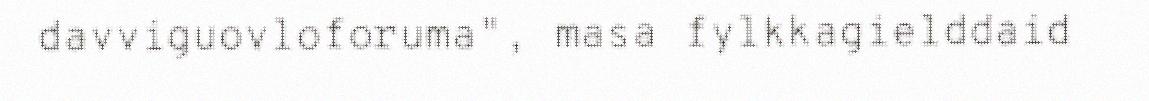
davviguovloforuma", masa fylkkagielddaid